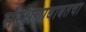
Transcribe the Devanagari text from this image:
संरक्षणाबाबतचा